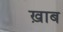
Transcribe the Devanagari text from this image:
ख़ाब